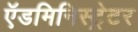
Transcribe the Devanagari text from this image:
ऍडमिनिस्ट्रेटर